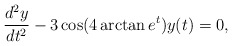
\begin{align*}\frac{d^2y}{d t^2}-3\cos(4\arctan e^t)y(t)=0,\end{align*}